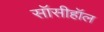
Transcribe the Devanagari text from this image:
सॉसीहॉल